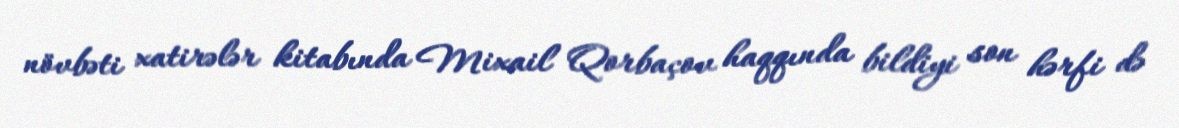
növbəti xatirələr kitabında Mixail Qorbaçov haqqında bildiyi son hərfi də